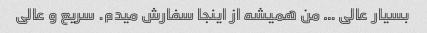
بسیار عالی … من همیشه از اینجا سفارش میدم. سریع و عالی